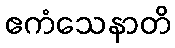
ဧကံသေနာတိ